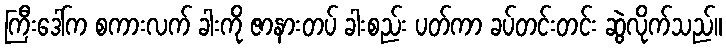
ကြီးဒေါ်က စကားလက် ခါးကို ဇာနားတပ် ခါးစည်း ပတ်ကာ ခပ်တင်းတင်း ဆွဲလိုက်သည်။